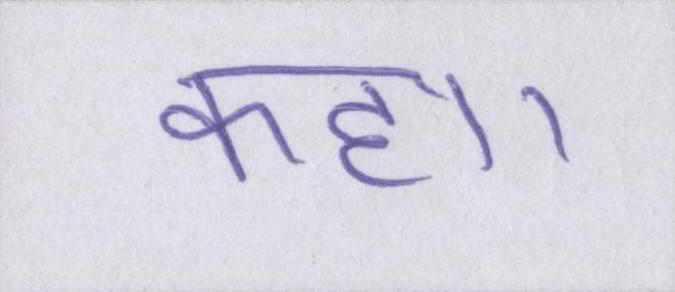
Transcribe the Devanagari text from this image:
कहा।